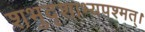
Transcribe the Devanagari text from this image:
शभुदृशाभ्यपश्मत्।